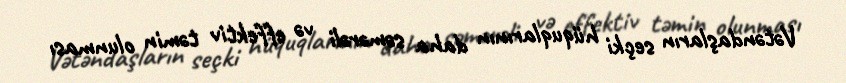
Vətəndaşların seçki hüquqlarının daha səmərəli və effektiv təmin olunması